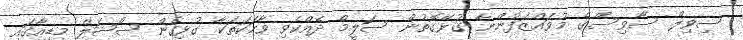
ސިވިލް ސާވިސްގެ މުވައްޒަފުންނާ ގުޅޭގޮތުން ސަލީމް ދެއްކެވި ވާހަކަތަކާ ގުޅިގެން ސޯޝަލް މީޑިއާގައި